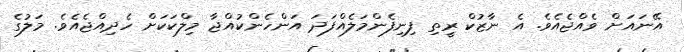
އޭނައަށް ވެއްޖެއެވެ. އެ ނާޒުކް ރީތި ފިނިފެންމަލެއްފަދަ އަންހެންކުއްޖާ މިލްކަކަށް ހެދިއްޖެއެވެ. މަލުގެ